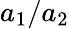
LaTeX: a_{1}/a_{2}